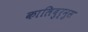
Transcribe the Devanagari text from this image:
कालिबुर्नुस